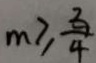
m \geq \frac { 3 } { 4 }